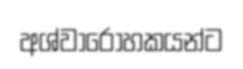
අශ්වාරෝහකයන්ට